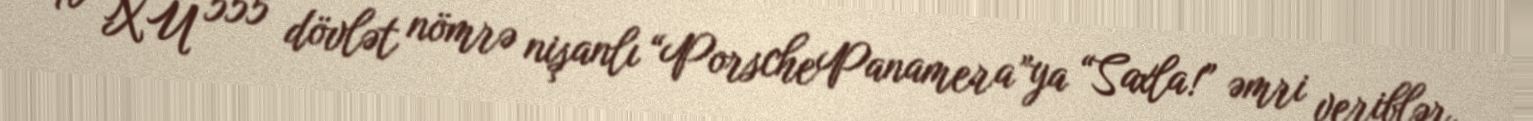
90 XU 555 dövlət nömrə nişanlı “PorschePanamera”ya “Saxla!” əmri veriblər.